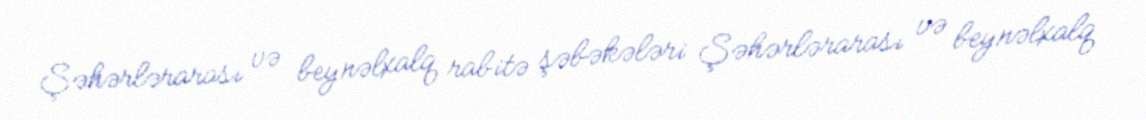
Şəhərlərarası və beynəlxalq rabitə şəbəkələri Şəhərlərarası və beynəlxalq